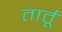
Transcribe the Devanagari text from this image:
तार्तू